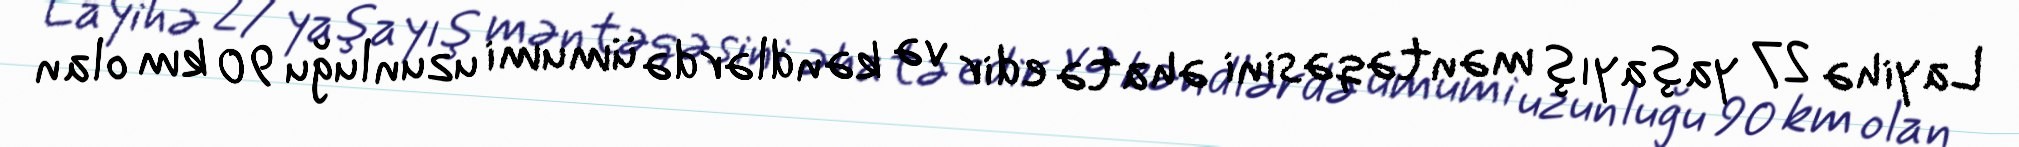
Layihə 27 yaşayış məntəqəsini əhatə edir və kəndlərdə ümumi uzunluğu 90 km olan